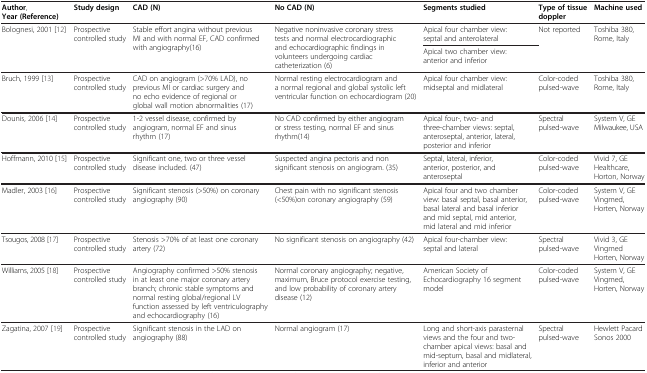
<table><thead><tr><td><b>Author, Year (Reference)</b></td><td><b>Study design</b></td><td><b>CAD (N)</b></td><td><b>No CAD (N)</b></td><td><b>Segments studied</b></td><td><b>Type of tissue doppler</b></td><td><b>Machine used</b></td></tr></thead><tbody><tr><td rowspan="2">Bolognesi, 2001 [12]</td><td rowspan="2">Prospective controlled study</td><td rowspan="2">Stable effort angina without previous MI and with normal EF, CAD confirmed with angiography(16)</td><td rowspan="2">Negative noninvasive coronary stress tests and normal electrocardiographic and echocardiographic findings in volunteers undergoing cardiac catheterization (6)</td><td>Apical four chamber view: septal and anterolateral</td><td rowspan="2">Not reported</td><td rowspan="2">Toshiba 380, Rome, Italy</td></tr><tr><td>Apical two chamber view: anterior and inferior</td></tr><tr><td>Bruch, 1999 [13]</td><td>Prospective controlled study</td><td>CAD on angiogram (&gt;70% LAD), no previous MI or cardiac surgery and no echo evidence of regional or global wall motion abnormalities (17)</td><td>Normal resting electrocardiogram and a normal regional and global systolic left ventricular function on echocardiogram (20)</td><td>Apical four chamber view: midseptal and midlateral</td><td>Color-coded pulsed-wave</td><td>Toshiba 380, Rome, Italy</td></tr><tr><td>Dounis, 2006 [14]</td><td>Prospective controlled study</td><td>1-2 vessel disease, confirmed by angiogram, normal EF and sinus rhythm (17)</td><td>No CAD confirmed by either angiogram or stress testing, normal EF and sinus rhythm(14)</td><td>Apical four-, two- and three-chamber views: septal, anteroseptal, anterior, lateral, posterior and inferior</td><td>Spectral pulsed-wave</td><td>System V, GE Milwaukee, USA</td></tr><tr><td>Hoffmann, 2010 [15]</td><td>Prospective controlled study</td><td>Significant one, two or three vessel disease included. (47)</td><td>Suspected angina pectoris and non significant stenosis on angiogram. (35)</td><td>Septal, lateral, inferior, anterior, posterior, and anteroseptal</td><td>Color-coded pulsed-wave</td><td>Vivid 7, GE Healthcare, Horton, Norway</td></tr><tr><td>Madler, 2003 [16]</td><td>Prospective controlled study</td><td>Significant stenosis (&gt;50%) on coronary angiography (90)</td><td>Chest pain with no significant stenosis (&lt;50%)on coronary angiography (59)</td><td>Apical four and two chamber view: basal septal, basal anterior, basal lateral and basal inferior and mid septal, mid anterior, mid lateral and mid inferior</td><td>Color-coded pulsed-wave</td><td>System V, GE Vingmed, Horten, Norway</td></tr><tr><td>Tsougos, 2008 [17]</td><td>Prospective controlled study</td><td>Stenosis &gt;70% of at least one coronary artery (72)</td><td>No significant stenosis on angiography (42)</td><td>Apical four-chamber view: septal and lateral</td><td>Spectral pulsed-wave</td><td>Vivid 3, GE Vingmed Horten, Norway</td></tr><tr><td>Williams, 2005 [18]</td><td>Prospective controlled study</td><td>Angiography confirmed &gt;50% stenosis in at least one major coronary artery branch; chronic stable symptoms and normal resting global/regional LV function assessed by left ventriculography and echocardiography (16)</td><td>Normal coronary angiography; negative, maximum, Bruce protocol exercise testing, and low probability of coronary artery disease (12)</td><td>American Society of Echocardiography 16 segment model</td><td>Color-coded pulsed-wave</td><td>System V, GE Vingmed, Horten, Norway</td></tr><tr><td>Zagatina, 2007 [19]</td><td>Prospective controlled study</td><td>Significant stenosis in the LAD on angiography (88)</td><td>Normal angiogram (17)</td><td>Long and short-axis parasternal views and the four and two-chamber apical views: basal and mid-septum, basal and midlateral, inferior and anterior</td><td>Spectral pulsed-wave</td><td>Hewlett Pacard Sonos 2000</td></tr></tbody></table>